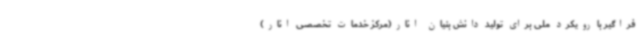
فراگیر با رویکرد ملی برای تولید دانش بنیان انار(مرکز خدمات تخصصی انار)